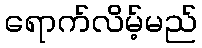
ရောက်လိမ့်မည်